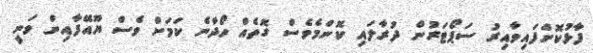
ފާޅުކޮށްފައިވާއިރު ސަޕޯޓަރުން ދުރާލައި ކޮންމެވެސް ގޮތެއް ހޯދާނެ ކަމަށް ވެސް ޔޫއޭފާއިން ވަނީ